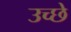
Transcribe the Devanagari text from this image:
उच्छे